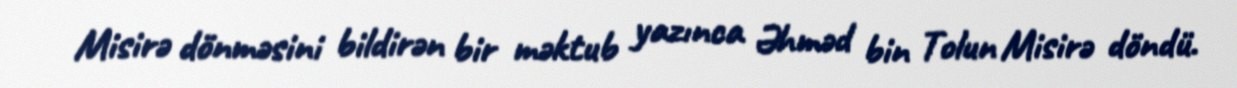
Misirə dönməsini bildirən bir məktub yazınca Əhməd bin Tolun Misirə döndü.